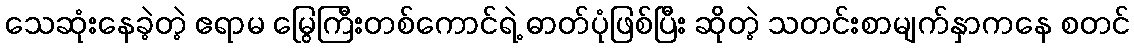
သေဆုံးနေခဲ့တဲ့ ဧရာမ မြွေကြီးတစ်ကောင်ရဲ့ ဓာတ်ပုံဖြစ်ပြီး ဆိုတဲ့ သတင်းစာမျက်နှာကနေ စတင်